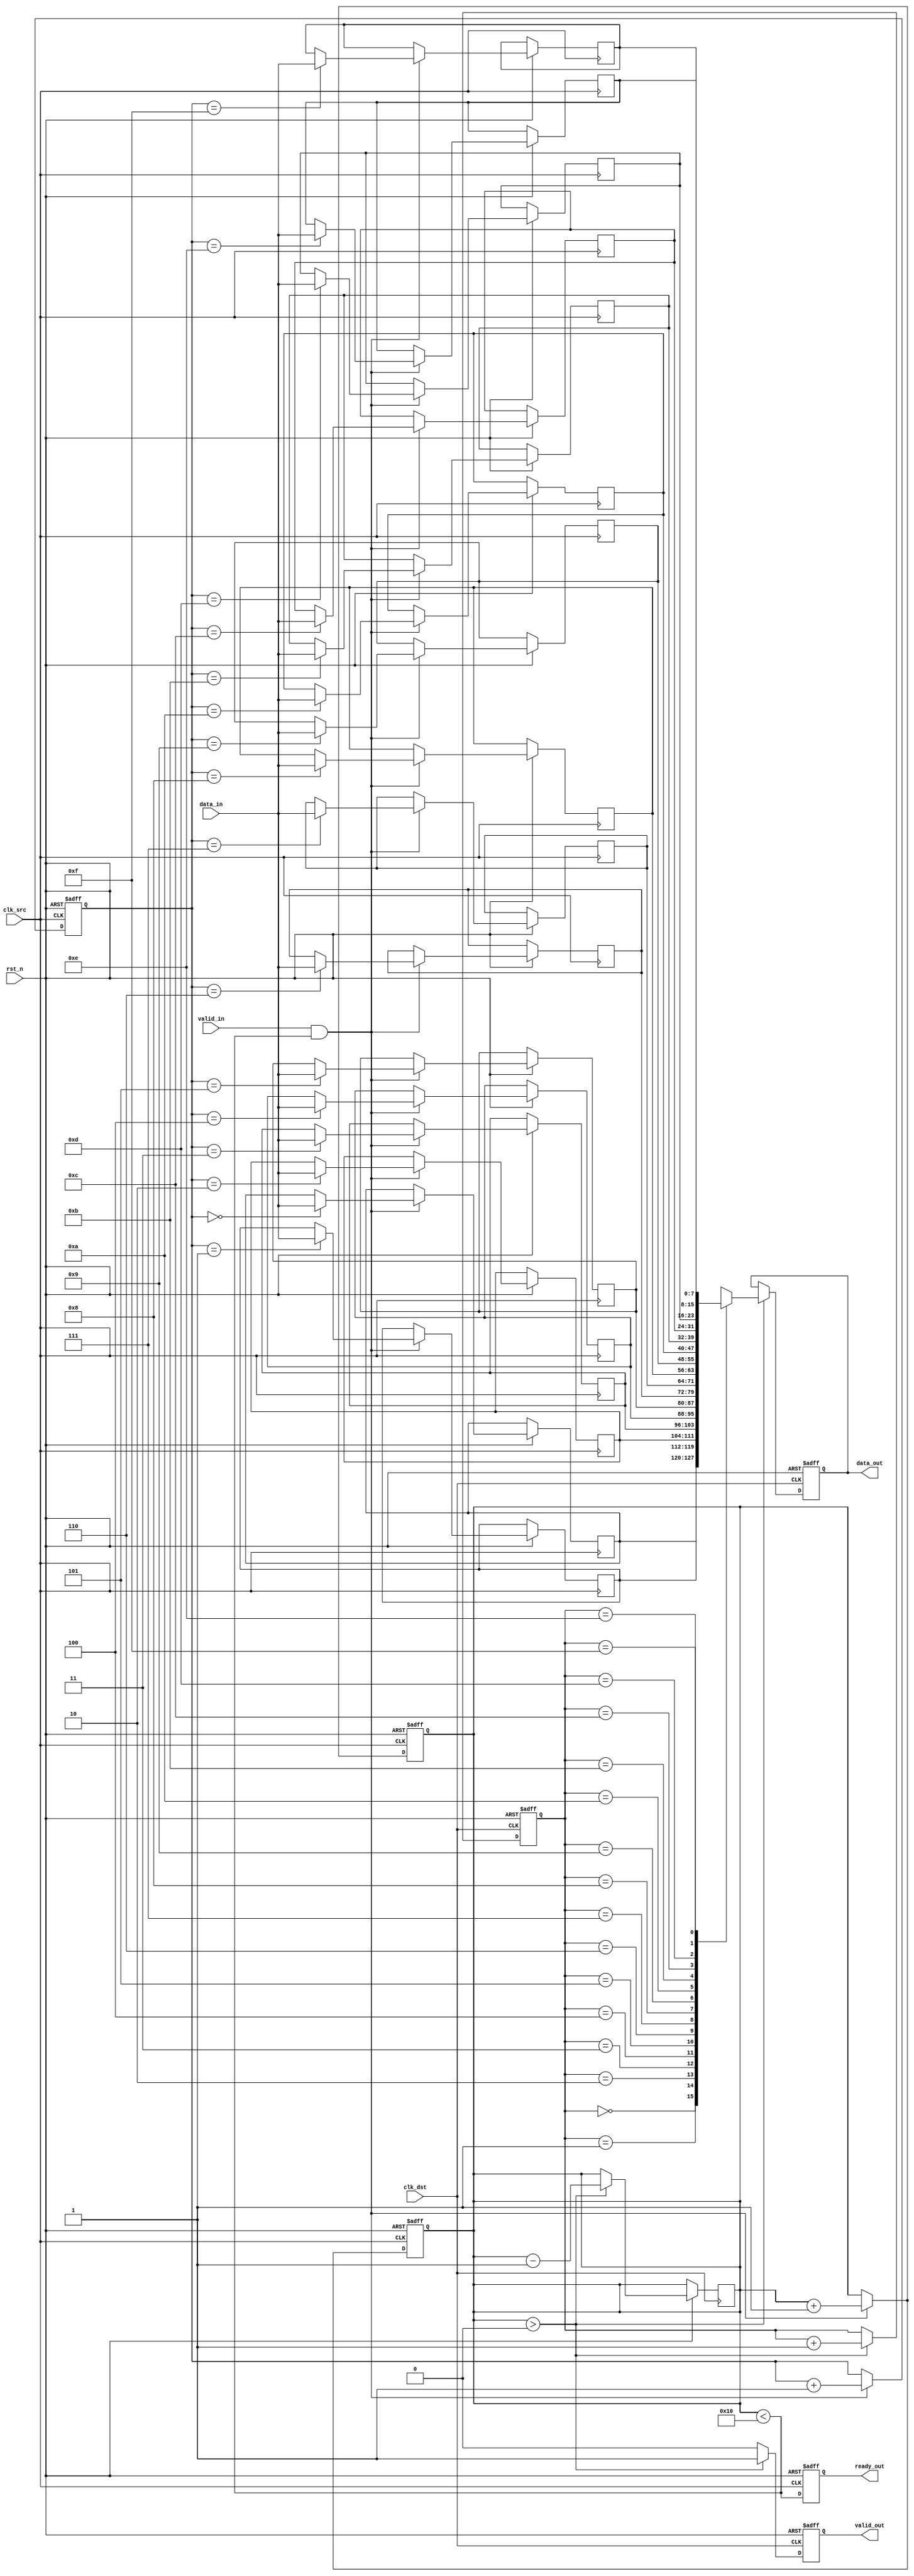
module pipeline_synchronizer #(
    parameter DATA_WIDTH = 8,
    parameter FIFO_DEPTH = 16
)(
    input wire clk_src,                // Source clock
    input wire clk_dst,                // Destination clock
    input wire rst_n,                  // Active low reset
    input wire [DATA_WIDTH-1:0] data_in, // Data input from upstream
    input wire valid_in,               // Valid signal from upstream
    output reg ready_out,              // Ready signal to upstream
    output reg [DATA_WIDTH-1:0] data_out, // Data output to downstream
    output reg valid_out               // Valid signal to downstream
);

    // FIFO buffer declarations
    reg [DATA_WIDTH-1:0] fifo [0:FIFO_DEPTH-1];
    reg [3:0] wr_ptr;                  // Write pointer
    reg [3:0] rd_ptr;                  // Read pointer
    reg [3:0] fifo_count;              // Number of items in FIFO

    // FIFO write logic (source clock domain)
    always @(posedge clk_src or negedge rst_n) begin
        if (!rst_n) begin
            wr_ptr <= 0;
            fifo_count <= 0;
            ready_out <= 1; // Initially ready to accept data
        end else begin
            if (valid_in && (fifo_count < FIFO_DEPTH)) begin
                fifo[wr_ptr] <= data_in;
                wr_ptr <= wr_ptr + 1;
                fifo_count <= fifo_count + 1;
            end
            ready_out <= (fifo_count < FIFO_DEPTH); // Update ready signal
        end
    end

    // FIFO read logic (destination clock domain)
    always @(posedge clk_dst or negedge rst_n) begin
        if (!rst_n) begin
            rd_ptr <= 0;
            valid_out <= 0;
            data_out <= 0;
        end else begin
            if (fifo_count > 0) begin
                data_out <= fifo[rd_ptr];
                valid_out <= 1; // Data is valid to read
                rd_ptr <= rd_ptr + 1;
                fifo_count <= fifo_count - 1;
            end else begin
                valid_out <= 0; // No valid data
            end
        end
    end

    // Synchronization logic for FIFO count (to prevent metastability)
    always @(posedge clk_src or negedge rst_n) begin
        if (!rst_n) begin
            fifo_count <= 0;
        end else begin
            // Only increment the count if we have written data
            if (valid_in && (fifo_count < FIFO_DEPTH)) begin
                fifo_count <= fifo_count + 1;
            end
        end
    end

endmodule